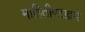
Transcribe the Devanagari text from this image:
माहितीपटाद्वारे